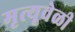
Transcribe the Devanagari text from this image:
मृत्यूवेळी